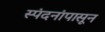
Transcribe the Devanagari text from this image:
स्पंदनांपासून